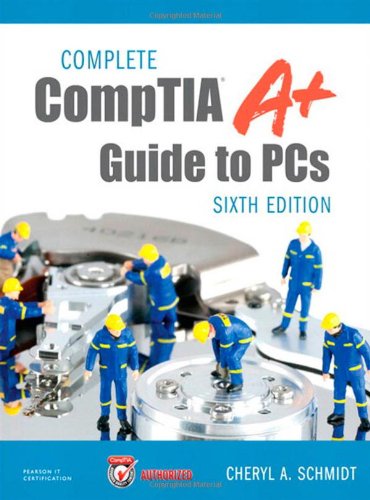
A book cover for Complete CompTIA A+ Guide to PCs (6th Edition); Cheryl Schmidt; Computers & Technology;